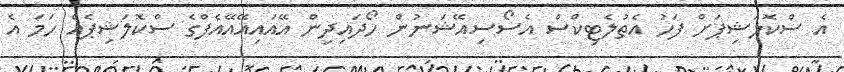
އެ ސްކޮލަޝިޕަށް ފަހު އެތުލެޓިކްސް އެސޯސިއޭޝަނުން ހޯދައިދިން އޭއައިއޭއޭއެފްގެ ސްކޮލަޝިޕެއް ހަމަ އެ